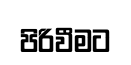
පිරිවීමට